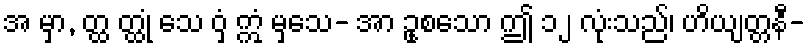
အ မှာ, တ္ထ တ္ထုံ သေ ဝှံ ဣံ မှသေ- အာ ဥုစသော ဤ ၁၂ လုံးသည်၊ ဟိယျတ္တနီ-